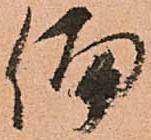
偏